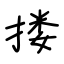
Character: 搂